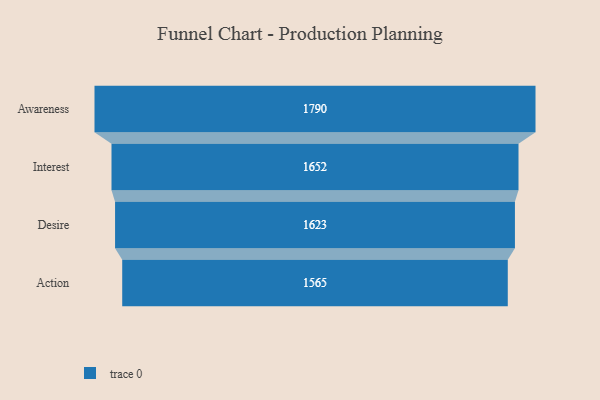
{"axis": {"x": "Stage", "y": "Value"}, "legend": [""], "data": [{"x": "Awareness", "y": 1790.0, "type": ""}, {"x": "Interest", "y": 1652.0, "type": ""}, {"x": "Desire", "y": 1623.0, "type": ""}, {"x": "Action", "y": 1565.0, "type": ""}]}